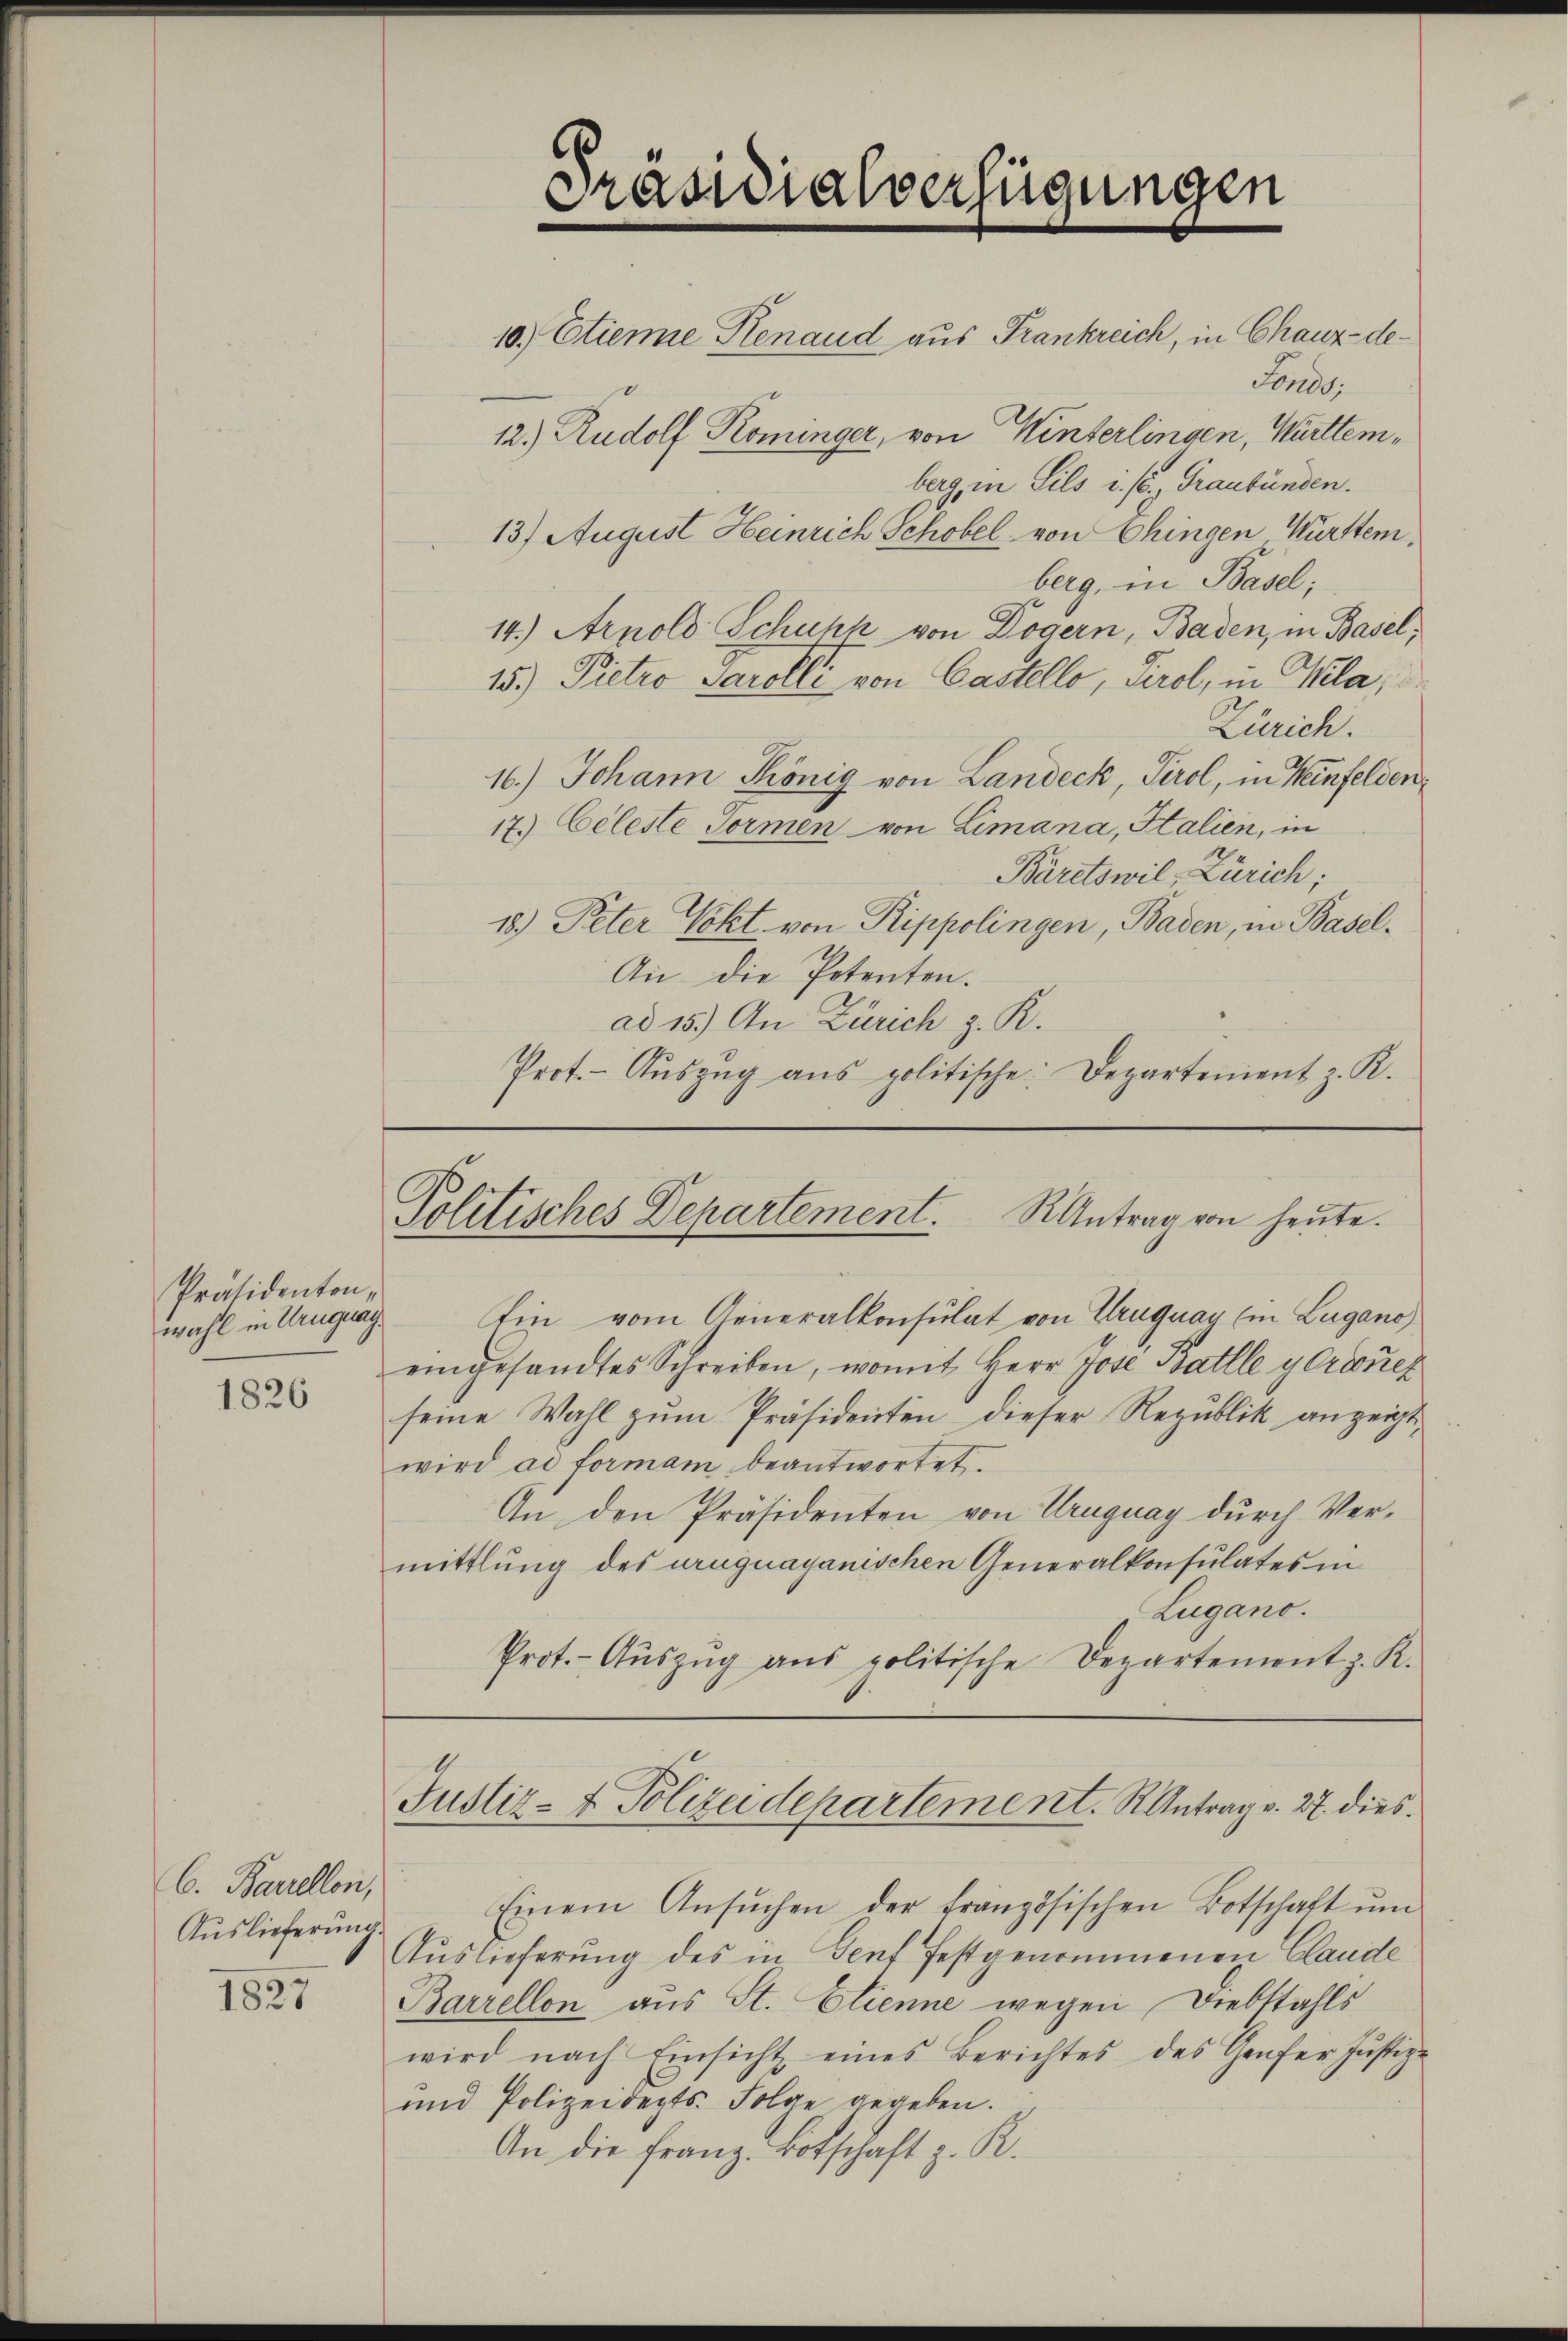
Präsidenten,
wahl in Uruguag

1826

C. Baurellen,
Auslieferung.
1827

Präsidialverfügungen

10.) Etienne Renaud aus Frankreich, in Chaux-de-
Fondo.
berg, in Sils ist, Graubünden.
13. August Heinrich Schobel von Chingen Württemberg, in Basel;
14.) Arnold Schuhl von Dögern, Baden, in Basel;
15.) Pietro Parolli von Castello, Tirol, in Gela,
Zürich.
16.) Johann König von Landeck, Tirol, in Weinfelden,
17. Celeste Formen von Limana, Italien, in
Bäretswil, Zürich;
18.) Peter Vokt. von Rippolingen, Baden, in Basel¬
An die Petenten.
ad 15.) An Zürich z. R.
Prot.- Aŭszŭg ans politische: Departement z. R.

12.) Rudolf Rominger, von Winterlingen, Muttem¬

Politisches Departement. S. Antrag von heute.

Ein vom Generalkonsulat von Uruguay (in Lugano
eingesandtes Schreiben, womit Herr Jose Battle y Creizer
seine Wahl zum Präsidenten dieser Republik anzeigt,
wird ad formam beantwortet.
An den Präsidenten von Uruguay durch Vermittlung des uruguayanischen Generalkonsulates in
Lugano.
Prot.- Aŭszŭg aŭs politische Departement z. K.
Justiz- & Polizeidepartement. S. Antrag v. 27. dies
Einem Ansŭchen der französischen Botschaft ŭm
Auslieferung des in Genf festgenommenen Claude
Barrellon aus St. Etienne wegen Diebstahls
wird nach Einsicht eines Berichtes des Grafer Justiz-
und Polizeidepts. Folge gegeben.
An die Franz. Botschaft z. R.